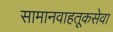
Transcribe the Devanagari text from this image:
सामानवाहतूकसेवा